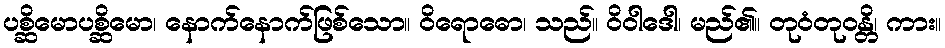
ပစ္ဆိမောပစ္ဆိမော၊ နောက်နောက်ဖြစ်သော။ ဝိရောဓော၊ သည်။ ဝိဝါဒေါ၊ မည်၏။ တုဝံတုဝန္တိ၊ ကား။